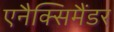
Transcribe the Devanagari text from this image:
एनैक्सिमैंडर